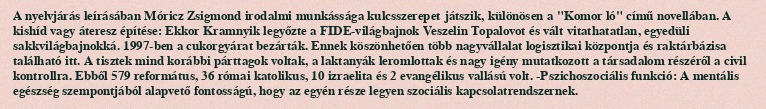
A nyelvjárás leírásában Móricz Zsigmond irodalmi munkássága kulcsszerepet játszik, különösen a "Komor ló" című novellában. A kishíd vagy áteresz építése: Ekkor Kramnyik legyőzte a FIDE-világbajnok Veszelin Topalovot és vált vitathatatlan, egyedüli sakkvilágbajnokká. 1997-ben a cukorgyárat bezárták. Ennek köszönhetően több nagyvállalat logisztikai központja és raktárbázisa található itt. A tisztek mind korábbi párttagok voltak, a laktanyák leromlottak és nagy igény mutatkozott a társadalom részéről a civil kontrollra. Ebből 579 református, 36 római katolikus, 10 izraelita és 2 evangélikus vallású volt. -Pszichoszociális funkció: A mentális egészség szempontjából alapvető fontosságú, hogy az egyén része legyen szociális kapcsolatrendszernek.